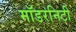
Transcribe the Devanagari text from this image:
मॉडरनिटी